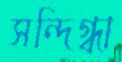
সন্দিগ্ধা